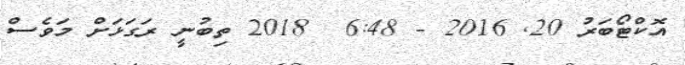
އޮކްޓޯބަރު 20